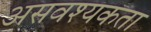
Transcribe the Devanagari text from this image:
असवश्यकता